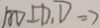
A D \bot D , D \Rightarrow